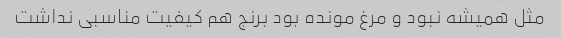
مثل همیشه نبود و مرغ مونده بود برنج هم کیفیت مناسبی نداشت